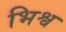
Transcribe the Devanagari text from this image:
भिश्व